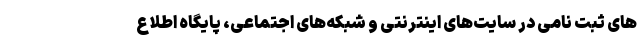
های ثبت نامی در سایت‌های اینترنتی و شبکه‌های اجتماعی، پایگاه اطلاع